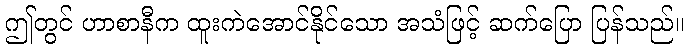
ဤတွင် ဟာစာနီက ထူးကဲအောင်နိုင်သော အသံဖြင့် ဆက်ပြော ပြန်သည်။